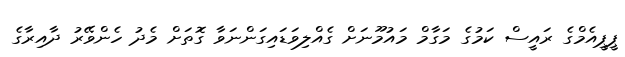
ޕީޕީއެމްގެ ރައީސް ކަމުގެ މަގާމް މައުމޫނަށް ގެއްލިވަޑައިގަންނަވާ ގޮތަށް މެދު ހެންވޭރު ދާއިރާގެ